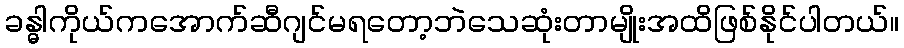
ခန္ဓါကိုယ်ကအောက်ဆီဂျင်မရတော့ဘဲသေဆုံးတာမျိုးအထိဖြစ်နိုင်ပါတယ်။